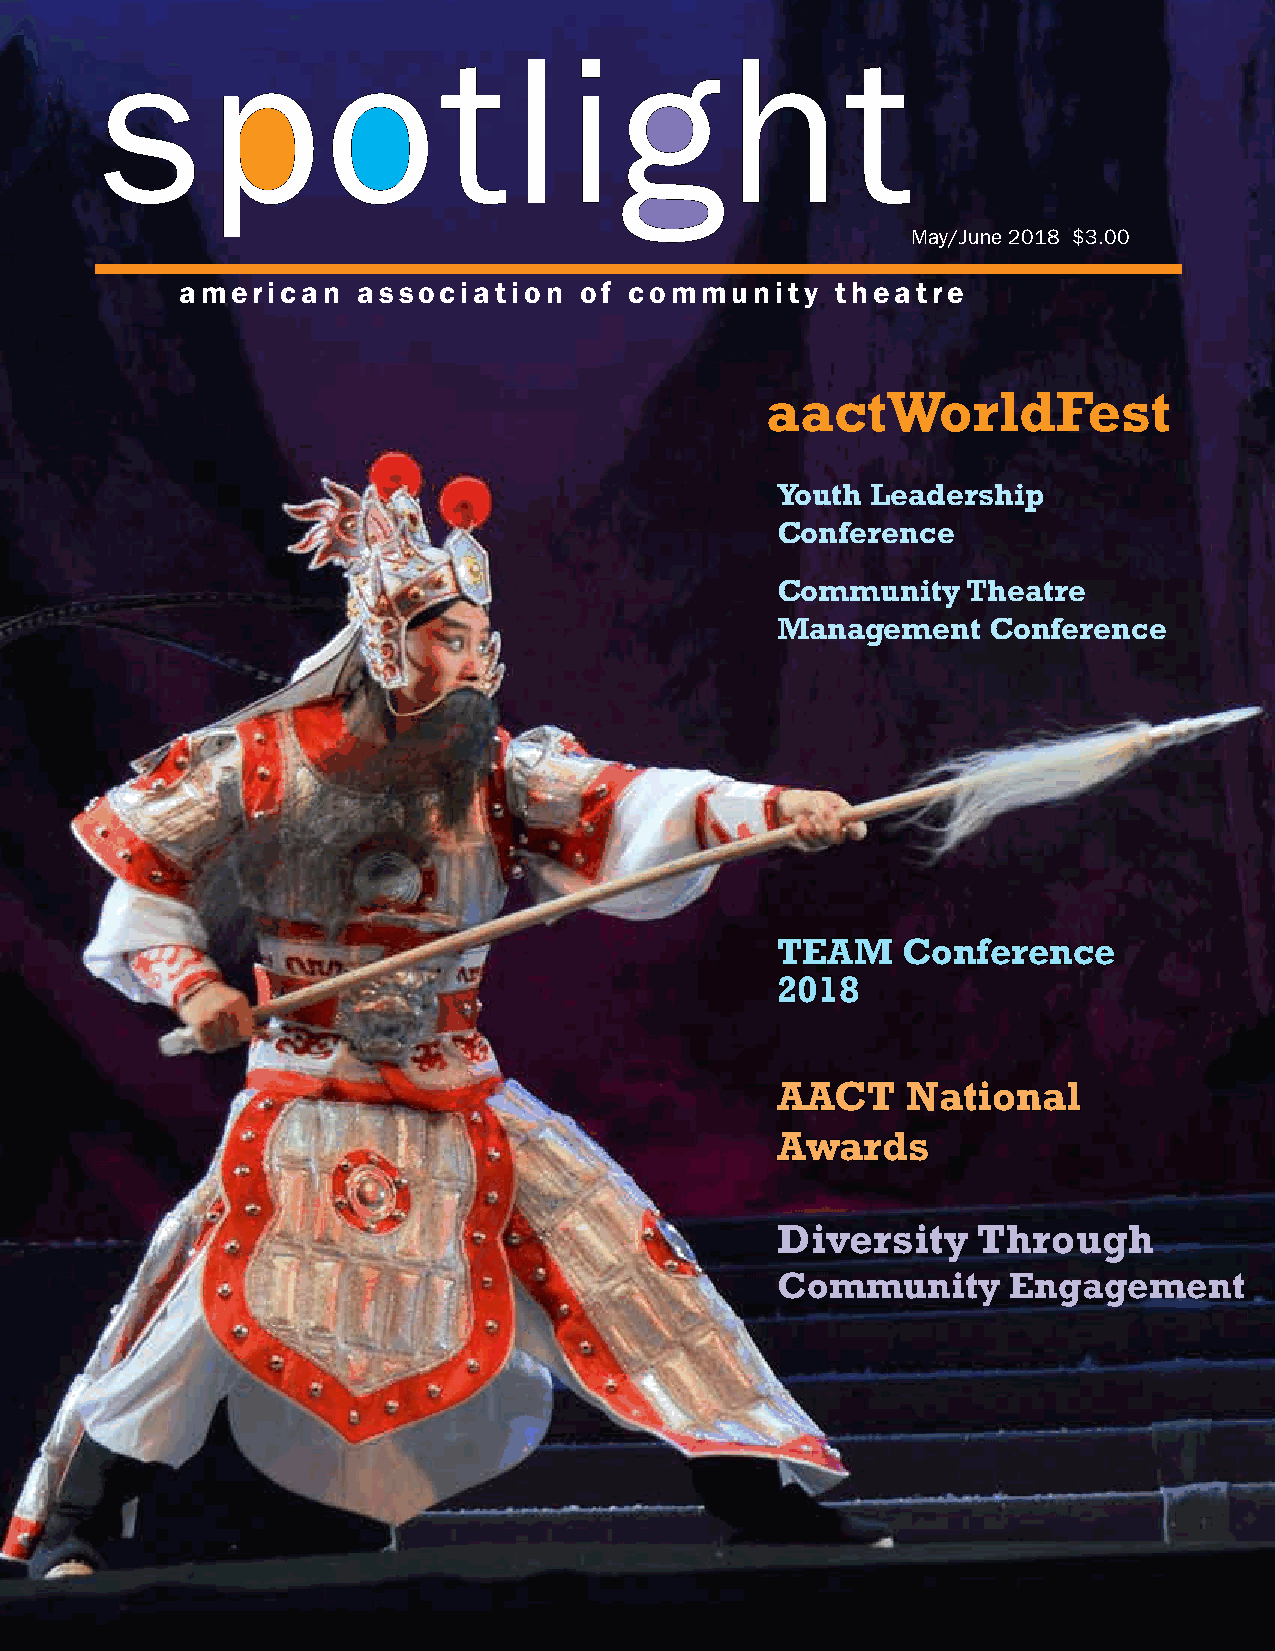
spotlight
 May/June 2018 $3.00
 american    association   of  community    theatre
 aactWorldFest
 Youth  Leadership
 Conference
 Community    Theatre
 Management    Conference
 TEAM     Conference
 2018
 AACT     National
 Awards
 Diversity     Through
 Community       Engagement